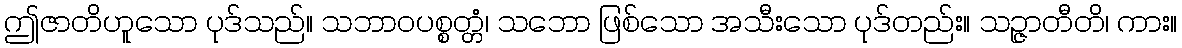
ဤဇာတိဟူသော ပုဒ်သည်။ သဘာဝပစ္စတ္တံ၊ သဘော ဖြစ်သော အသီးသော ပုဒ်တည်း။ သဉ္ဇာတီတိ၊ ကား။